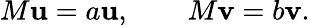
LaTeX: M\mathbf{u}=a\mathbf{u},\qquad M\mathbf{v}=b\mathbf{v}.